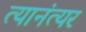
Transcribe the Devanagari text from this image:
त्यानंत्यर